Cholera in southern India
Disease focus: Cholera
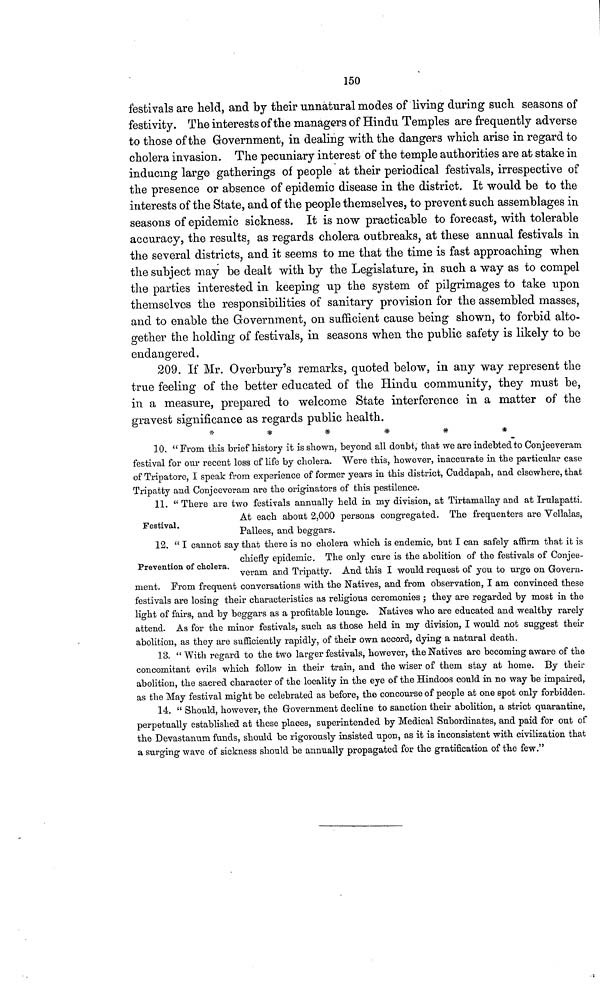
150
festivals are held, and by their unnatural modes of living during such seasons of
festivity. The interests of the managers of Hindu Temples are frequently adverse
to those of the Government, in dealing with the dangers which arise in regard to
cholera invasion. The pecuniary interest of the temple authorities are at stake in
inducing large gatherings of people at their periodical festivals, irrespective of
the presence or absence of epidemic disease in the district. It would be to the
interests of the State, and of the people themselves, to prevent such assemblages in
seasons of epidemic sickness. It is now practicable to forecast, with tolerable
accuracy, the results, as regards cholera outbreaks, at these annual festivals in
the several districts, and it seems to me that the time is fast approaching when
the subject may be dealt with by the Legislature, in such a way as to compel
the parties interested in keeping up the system of pilgrimages to take upon
themselves the responsibilities of sanitary provision for the assembled masses,
and to enable the Government, on sufficient cause being shown, to forbid alto-
gether the holding of festivals, in seasons when the public safety is likely to be
endangered.
209. If Mr. Overbury's remarks, quoted below, in any way represent the
true feeling of the better educated of the Hindu community, they must be,
in a measure, prepared to welcome State interference in a matter of the
gravest significance as regards public health.
*
*
*
*
*
*
10. " From this brief history it is shown, beyond all doubt, that we are indebted to Conjeeveram
festival for our recent loss of life by cholera. Were this, however, inaccurate in the particular case
of Tripatore, I speak from experience of former years in this district, Cuddapah, and elsewhere, that
Tripatty and Conjeeveram are the originators of this pestilence.
Festival.
11. " There are two festivals annually held in my division, at Tirtamallay and at Irulapatti.
At each about 2,000 persons congregated. The frequenters are Vellalas,
Pallees, and beggars.
Prevention of cholera.
12. " I cannot say that there is no cholera which is endemic, but I can safely affirm that it is
chiefly epidemic. The only cure is the abolition of the festivals of Conjee-
veram and Tripatty. And this I would request of you to urge on Govern-
ment. From frequent conversations with the Natives, and from observation, I am convinced these
festivals are losing their characteristics as religious ceremonies ; they are regarded by most in the
light of fairs, and by beggars as a profitable lounge. Natives who are educated and wealthy rarely
attend. As for the minor festivals, such as those held in my division, I would not suggest their
abolition, as they are sufficiently rapidly, of their own accord, dying a natural death.
13. " With regard to the two larger festivals, however, the Natives are becoming aware of the
concomitant evils which follow in their train, and the wiser of them stay at home. By their
abolition, the sacred character of the locality in the eye of the Hindoos could in no way be impaired,
as the May festival might be celebrated as before, the concourse of people at one spot only forbidden.
14. " Should, however, the Government decline to sanction their abolition, a strict quarantine,
perpetually established at these places, superintended by Medical Subordinates, and paid for out of
the Devastanum funds, should bo rigorously insisted upon, as it is inconsistent with civilization that
a surging wave of sickness should be annually propagated for the gratification, of the few."